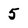
Character: 5